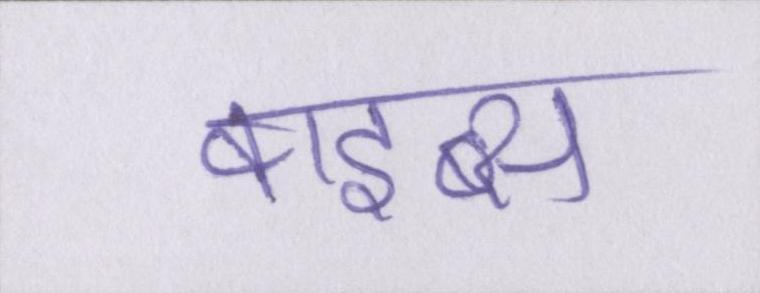
वाइब्स